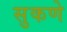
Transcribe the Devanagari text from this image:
सुकणे